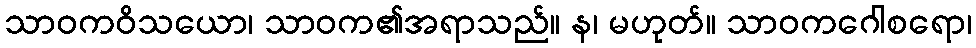
သာဝကဝိသယော၊ သာဝက၏အရာသည်။ န၊ မဟုတ်။ သာဝကဂေါစရော၊